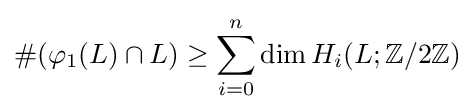
\#(\varphi _{1}(L)\cap L)\geq \sum _{i=0}^{n}\dim H_{i}(L;\mathbb {Z} /2\mathbb {Z} )